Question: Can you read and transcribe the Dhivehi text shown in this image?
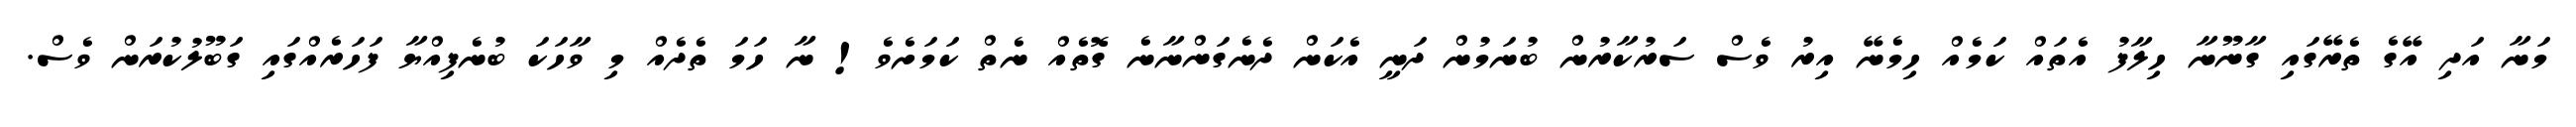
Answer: މަނާ އަދި އޭގެ ތެރޭގައި ގާނޫނާ ހިލާފު އެތައް ކަމެއް ހިމެނޭ އިރު ވެސް ސަރުކާރުން ބުނަމުން ދަނީ އެކަން ދެނެގަންނާނެ ގޮތެއް ނެތް ކަމަށެވެ! ނާ ހަމަ ތެދެއް މި ވާހަކަ ބުނެފިއްޔާ ފަހަރެއްގައި ގަބޫލުކުރަން ވެސް.